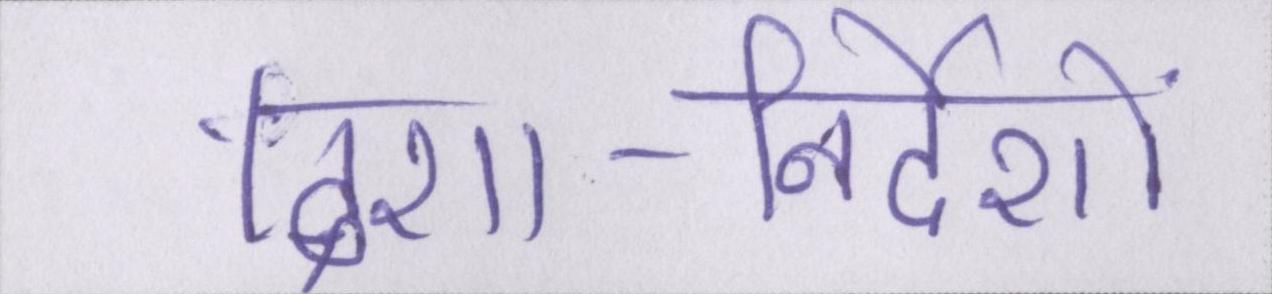
दिशा-निर्देशों